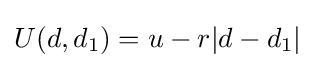
U(d,d_{1})=u-r|d-d_{1}|